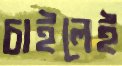
চাইলেই